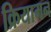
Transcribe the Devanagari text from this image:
क्रियामन